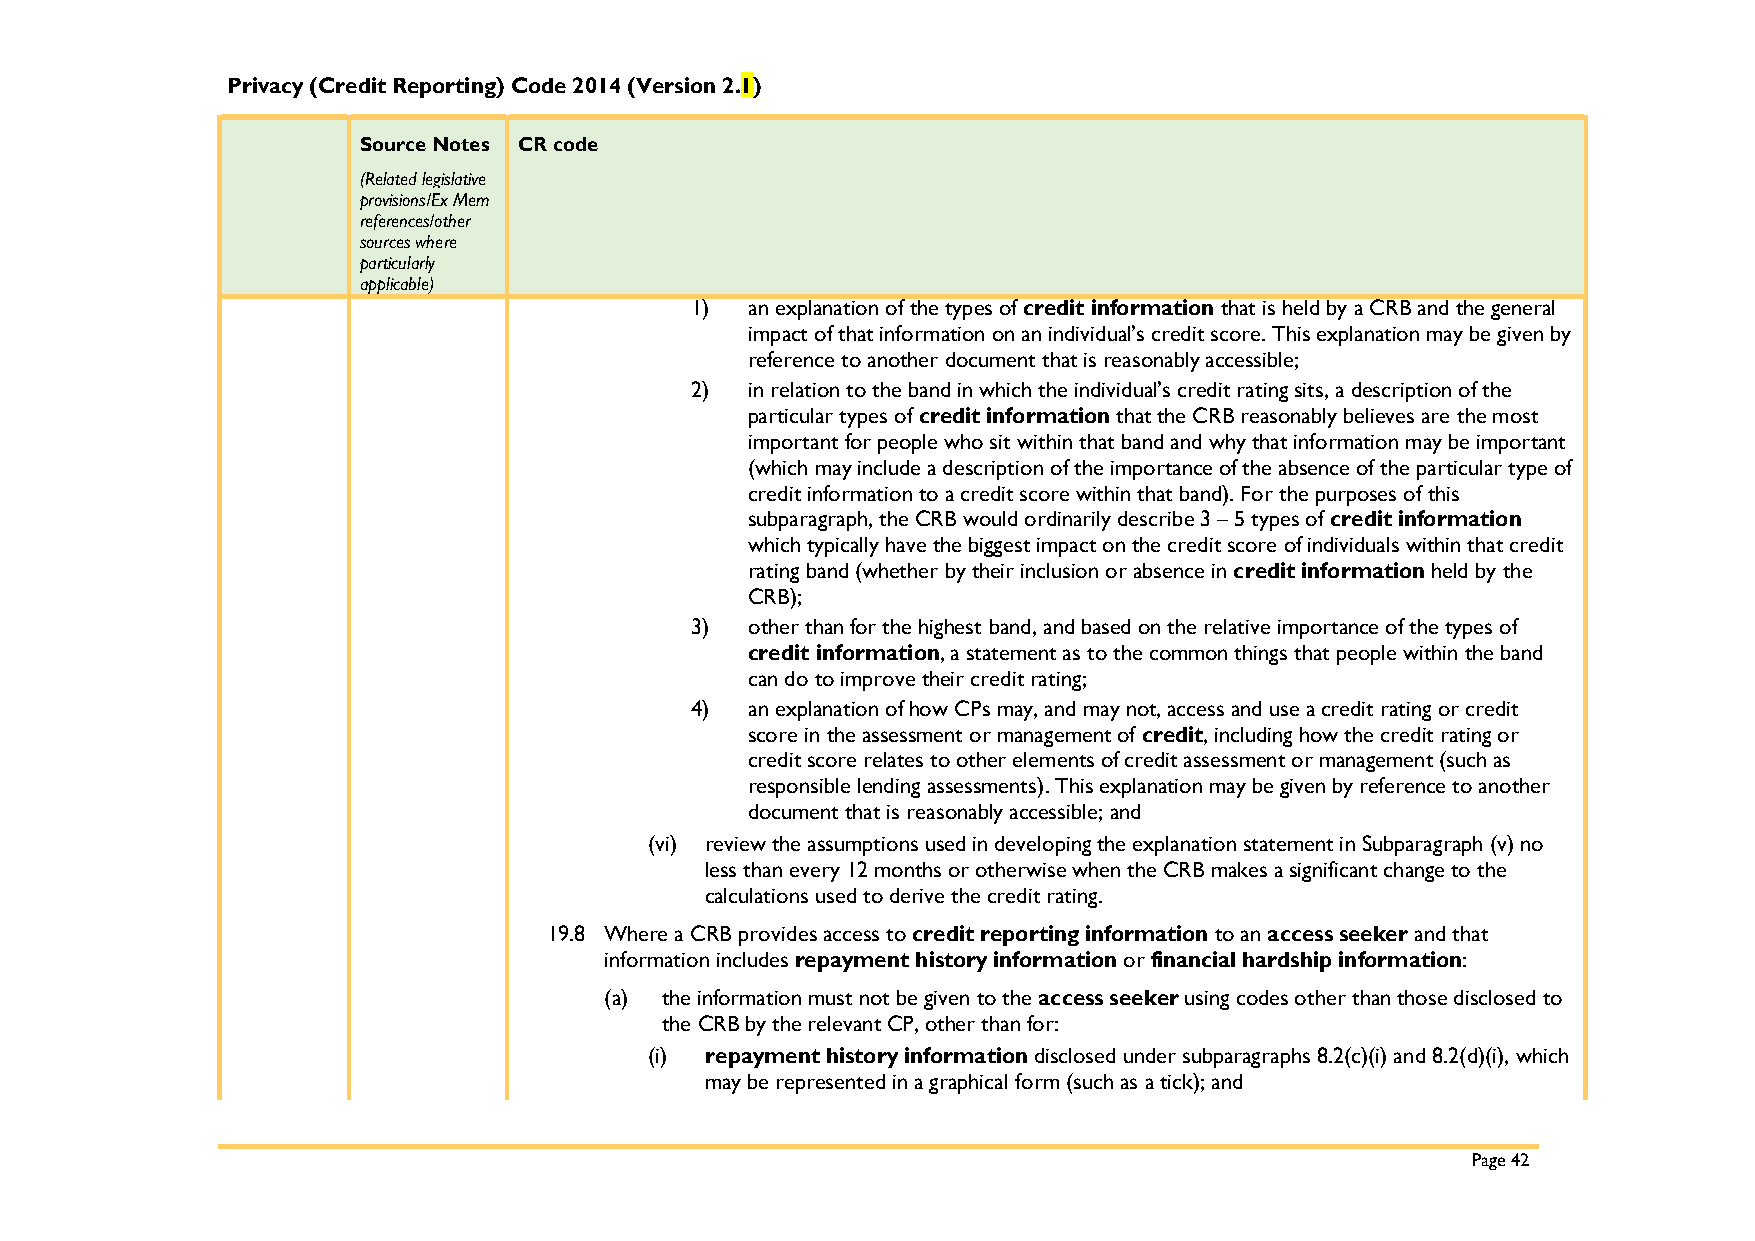
Privacy (Credit Reporting) Code 2014 (Version 2.1)
 Source Notes CR code
 (Related legislative
 provisions/Ex Mem
 references/other
 sources where
 particularly
 applicable)
 1)  an explanation of the types of credit information that is held by a CRB and the general
 impact of that information on an individual’s credit score. This explanation may be given by
 reference to another document that is reasonably accessible;
 2)  in relation to the band in which the individual’s credit rating sits, a description of the
 particular types of credit information that the CRB reasonably believes are the most
 important for people who sit within that band and why that information may be important
 (which may include a description of the importance of the absence of the particular type of
 credit information to a credit score within that band). For the purposes of this
 subparagraph, the CRB would ordinarily describe 3 – 5 types of credit information
 which typically have the biggest impact on the credit score of individuals within that credit
 rating band (whether by their inclusion or absence in credit information held by the
 CRB);
 3)  other than for the highest band, and based on the relative importance of the types of
 credit information, a statement as to the common things that people within the band
 can do to improve their credit rating;
 4)  an explanation of how CPs may, and may not, access and use a credit rating or credit
 score in the assessment or management of credit, including how the credit rating or
 credit score relates to other elements of credit assessment or management (such as
 responsible lending assessments). This explanation may be given by reference to another
 document that is reasonably accessible; and
 (vi) review the assumptions used in developing the explanation statement in Subparagraph (v) no
 less than every 12 months or otherwise when the CRB makes a significant change to the
 calculations used to derive the credit rating.
 19.8 Where a CRB provides access to credit reporting information to an access seeker and that
 information includes repayment history information or financial hardship information:
 (a) the information must not be given to the access seeker using codes other than those disclosed to
 the CRB by the relevant CP, other than for:
 (i) repayment history information disclosed under subparagraphs 8.2(c)(i) and 8.2(d)(i), which
 may be represented in a graphical form (such as a tick); and
 Page 42